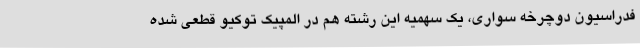
فدراسیون دوچرخه سواری، یک سهمیه این رشته هم در المپیک توکیو قطعی شده